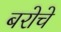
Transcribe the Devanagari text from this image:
बरोचे